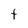
Character: t